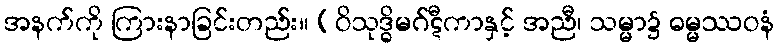
အနက်ကို ကြားနာခြင်းတည်း။ (ဝိသုဒ္ဓိမဂ်ဋီကာနှင့် အညီ၊ သမ္မာ၌ ဓမ္မဿဝနံ